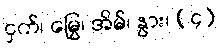
ငှက်၊ မြွေ၊ အိမ်၊ နွား၊ (၄)